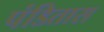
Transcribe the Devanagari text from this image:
पंडितास